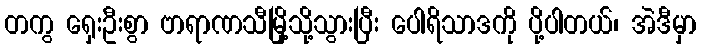
တကွ ရှေးဦးစွာ ဗာရာဏသီမြို့သို့သွားပြီး ပေါရိသာဒကို ပို့ပါတယ်၊ အဲဒီမှာ